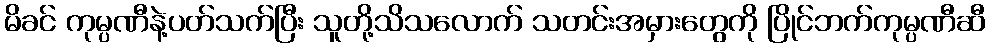
မိခင် ကုမ္ပဏီနဲ့ပတ်သက်ပြီး သူတို့သိသလောက် သတင်းအမှားတွေကို ပြိုင်ဘက်ကုမ္ပဏီဆီ